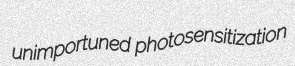
unimportuned photosensitization